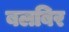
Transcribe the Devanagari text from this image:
बलबिर